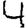
Digit: 4